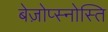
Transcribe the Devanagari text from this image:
बेज़ोप्स्नोस्ति